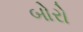
બોરો